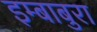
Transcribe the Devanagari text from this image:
इम्बाबुरा